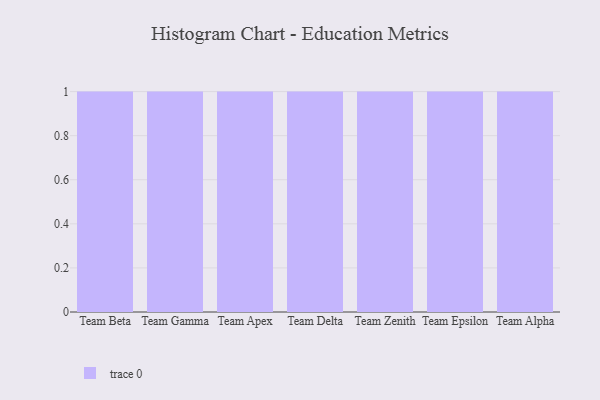
{"axis": {"x": "Team", "y": "Satisfaction Score"}, "legend": [""], "data": [{"x": "Team Beta", "y": 63, "type": ""}, {"x": "Team Gamma", "y": 1, "type": ""}, {"x": "Team Apex", "y": 84, "type": ""}, {"x": "Team Delta", "y": 64, "type": ""}, {"x": "Team Zenith", "y": 1, "type": ""}, {"x": "Team Epsilon", "y": 41, "type": ""}, {"x": "Team Alpha", "y": 30, "type": ""}]}